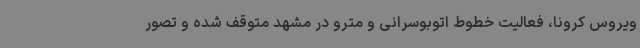
ویروس کرونا، فعالیت خطوط اتوبوسرانی و مترو در مشهد متوقف شده و تصور